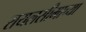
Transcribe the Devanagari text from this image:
रायलसीमाच्या